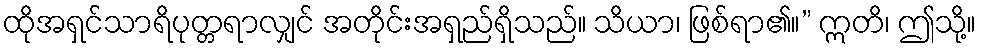
ထိုအရှင်သာရိပုတ္တရာလျှင် အတိုင်းအရှည်ရှိသည်။ သိယာ၊ ဖြစ်ရာ၏။” ဣတိ၊ ဤသို့။